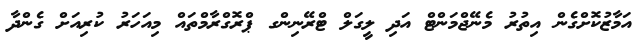
އަމާޒުކޮށްގެން އިތުރު މެނޭޖްމަންޓް އަދި ލީގަލް ޓްރޭނިންގ ޕްރޮގްރާމްތައް މިއަހަރު ކުރިއަށް ގެންދާ